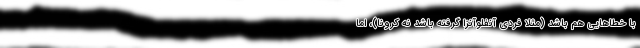
با خطاهایی هم باشد (مثلا فردی آنفلوآنزا گرفته باشد نه کرونا)، اما